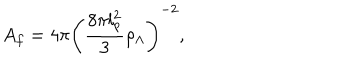
LaTeX: A _ { f } = 4 \pi \left( \frac { 8 \pi l _ { p } ^ { 2 } } { 3 } \rho _ { \Lambda } \right) ^ { - 2 } ,